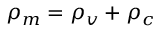
\rho _ { m } = \rho _ { v } + \rho _ { c }